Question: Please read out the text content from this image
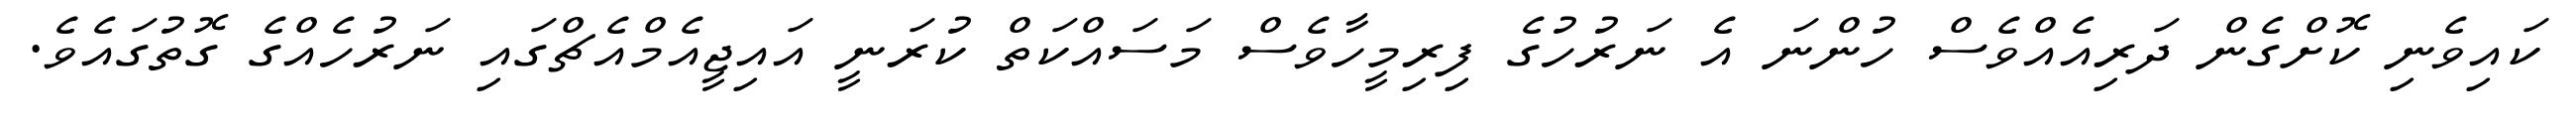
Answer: ކައިވެނި ކޮށްގެން ދަރިއެއްވެސް ހުންނަ އެ ނަރުހުގެ ފިރިމީހާވެސް މަސައްކަތް ކުރަނީ އައިޖީއެމްއެޗްގައި ނަރުހެއްގެ ގޮތުގައެވެ.